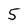
Character: 5